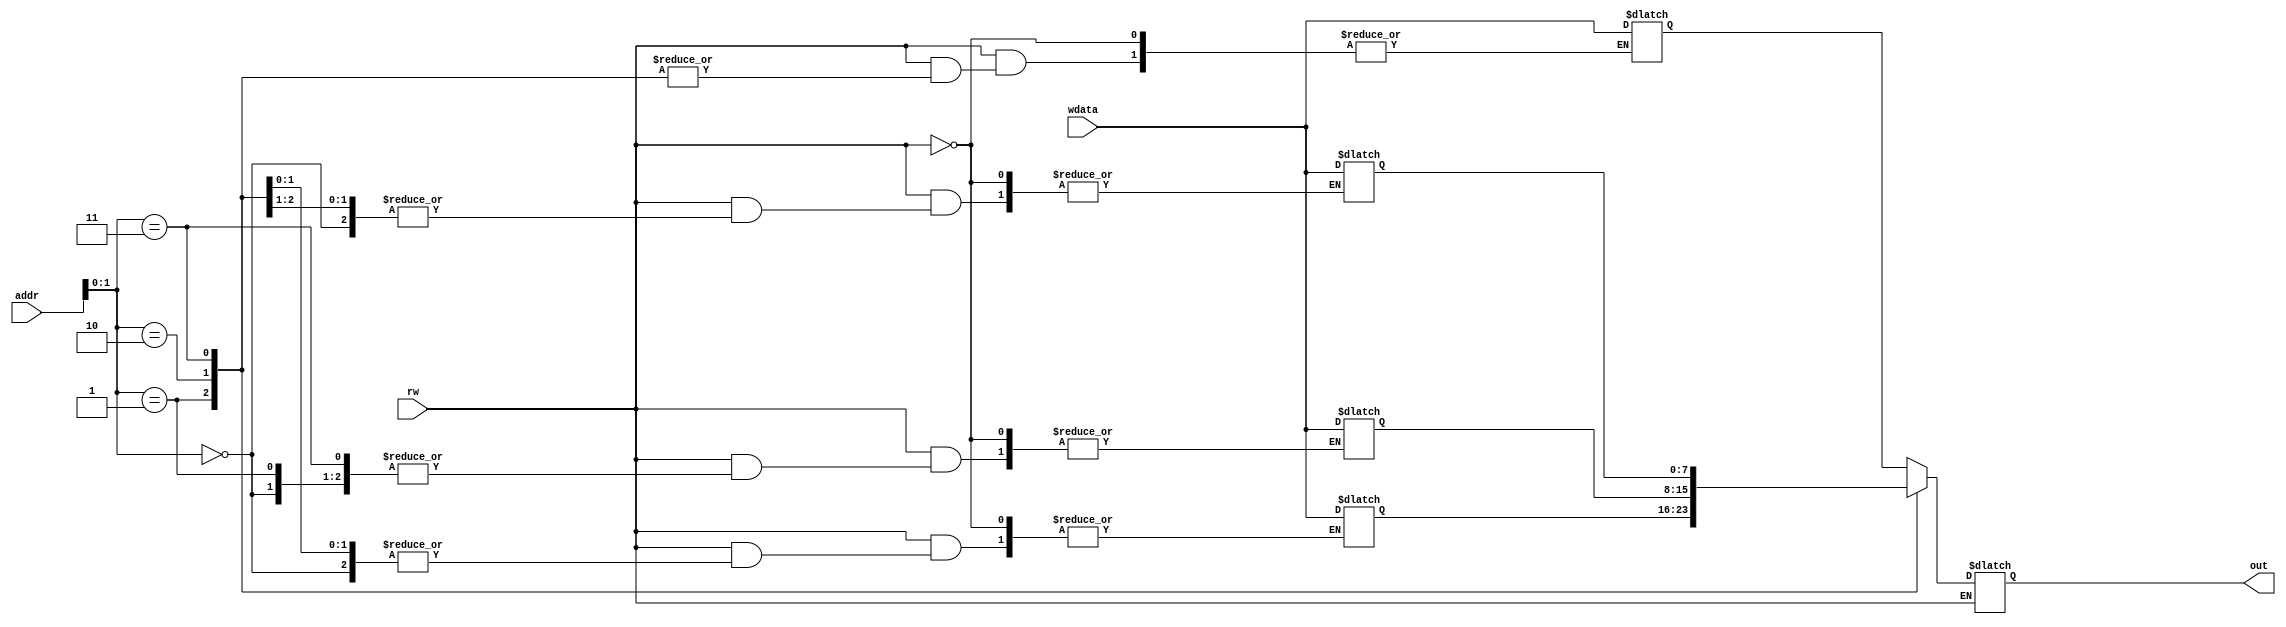
module register_file(addr, out, wdata, rw);

input [4:0] addr;
input rw;
input [7:0] wdata;
output [7:0] out;

wire [4:0] addr;
wire [7:0] wdata;
wire rw;
reg [7:0] out;

reg [7:0] data [0:3];

initial begin 
    data[0] = 2;
    data[1] = 5;
    data[2] = 0;
    data[3] = 3;
end 

always @(*)
begin

    if(rw == 0) begin
        out = data[addr];
    end
    else begin
        data[addr] = wdata;
    end
end

endmodule